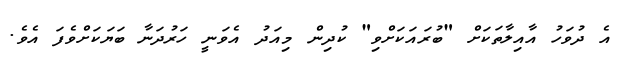
އެ ދުވަހު އާއިލާތަކަށް "ބުރައަކަށްވި" ކުދިން މިއަދު އެވަނީ ހަރުދަނާ ބަޔަކަށްވެފަ އެވެ.